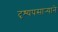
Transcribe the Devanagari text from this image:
दृश्यपसार्‍याने